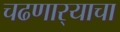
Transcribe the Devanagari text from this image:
चढणार्‍याचा